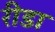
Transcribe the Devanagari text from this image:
रीडा